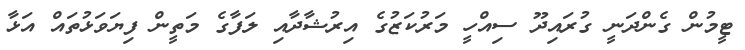
ޓީމުން ގެންދަނީ ގުރައިދޫ ސިއްހީ މަރުކަޒުގެ އިރުޝާދާއި ލަފާގެ މަތީން ފިޔަވަޅުތައް އަޅާ